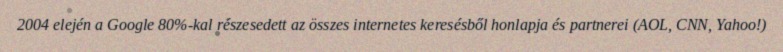
2004 elején a Google 80%-kal részesedett az összes internetes keresésből honlapja és partnerei (AOL, CNN, Yahoo!)